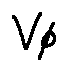
V _ { \phi }